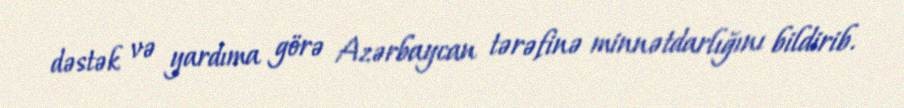
dəstək və yardıma görə Azərbaycan tərəfinə minnətdarlığını bildirib.